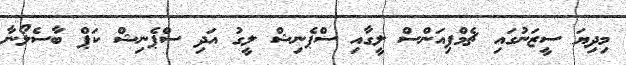
މިދިޔަ ސީޒަނުގައި ޗެމްޕިއަންސް ލީގާއި ސްޕެނިޝް ލީގު އަދި ސްޕެނިޝް ކަޕް ބާސެލޯނާ